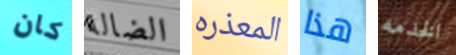
كان الضالة المعذره هذا الخدمه